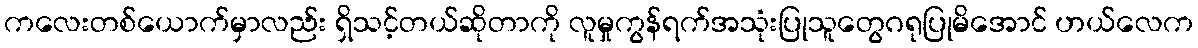
ကလေးတစ်ယောက်မှာလည်း ရှိသင့်တယ်ဆိုတာကို လူမှုကွန်ရက်အသုံးပြုသူတွေဂရုပြုမိအောင် ဟယ်လေက